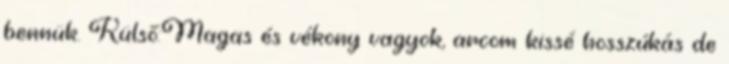
bennük. Külső:Magas és vékony vagyok, arcom kissé hosszúkás de